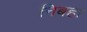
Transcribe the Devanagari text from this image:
निबहा